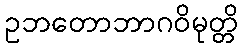
ဥဘတောဘာဂဝိမုတ္တိ